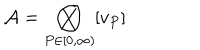
{ \mathcal { A } } = \bigotimes _ { P \in \lbrack 0 , \infty ) } [ v _ { P } ]